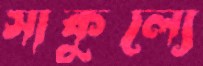
সাকুল্যে